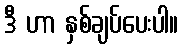
ဒီ ဟာ နှစ်ချပ်ပေးပါ။